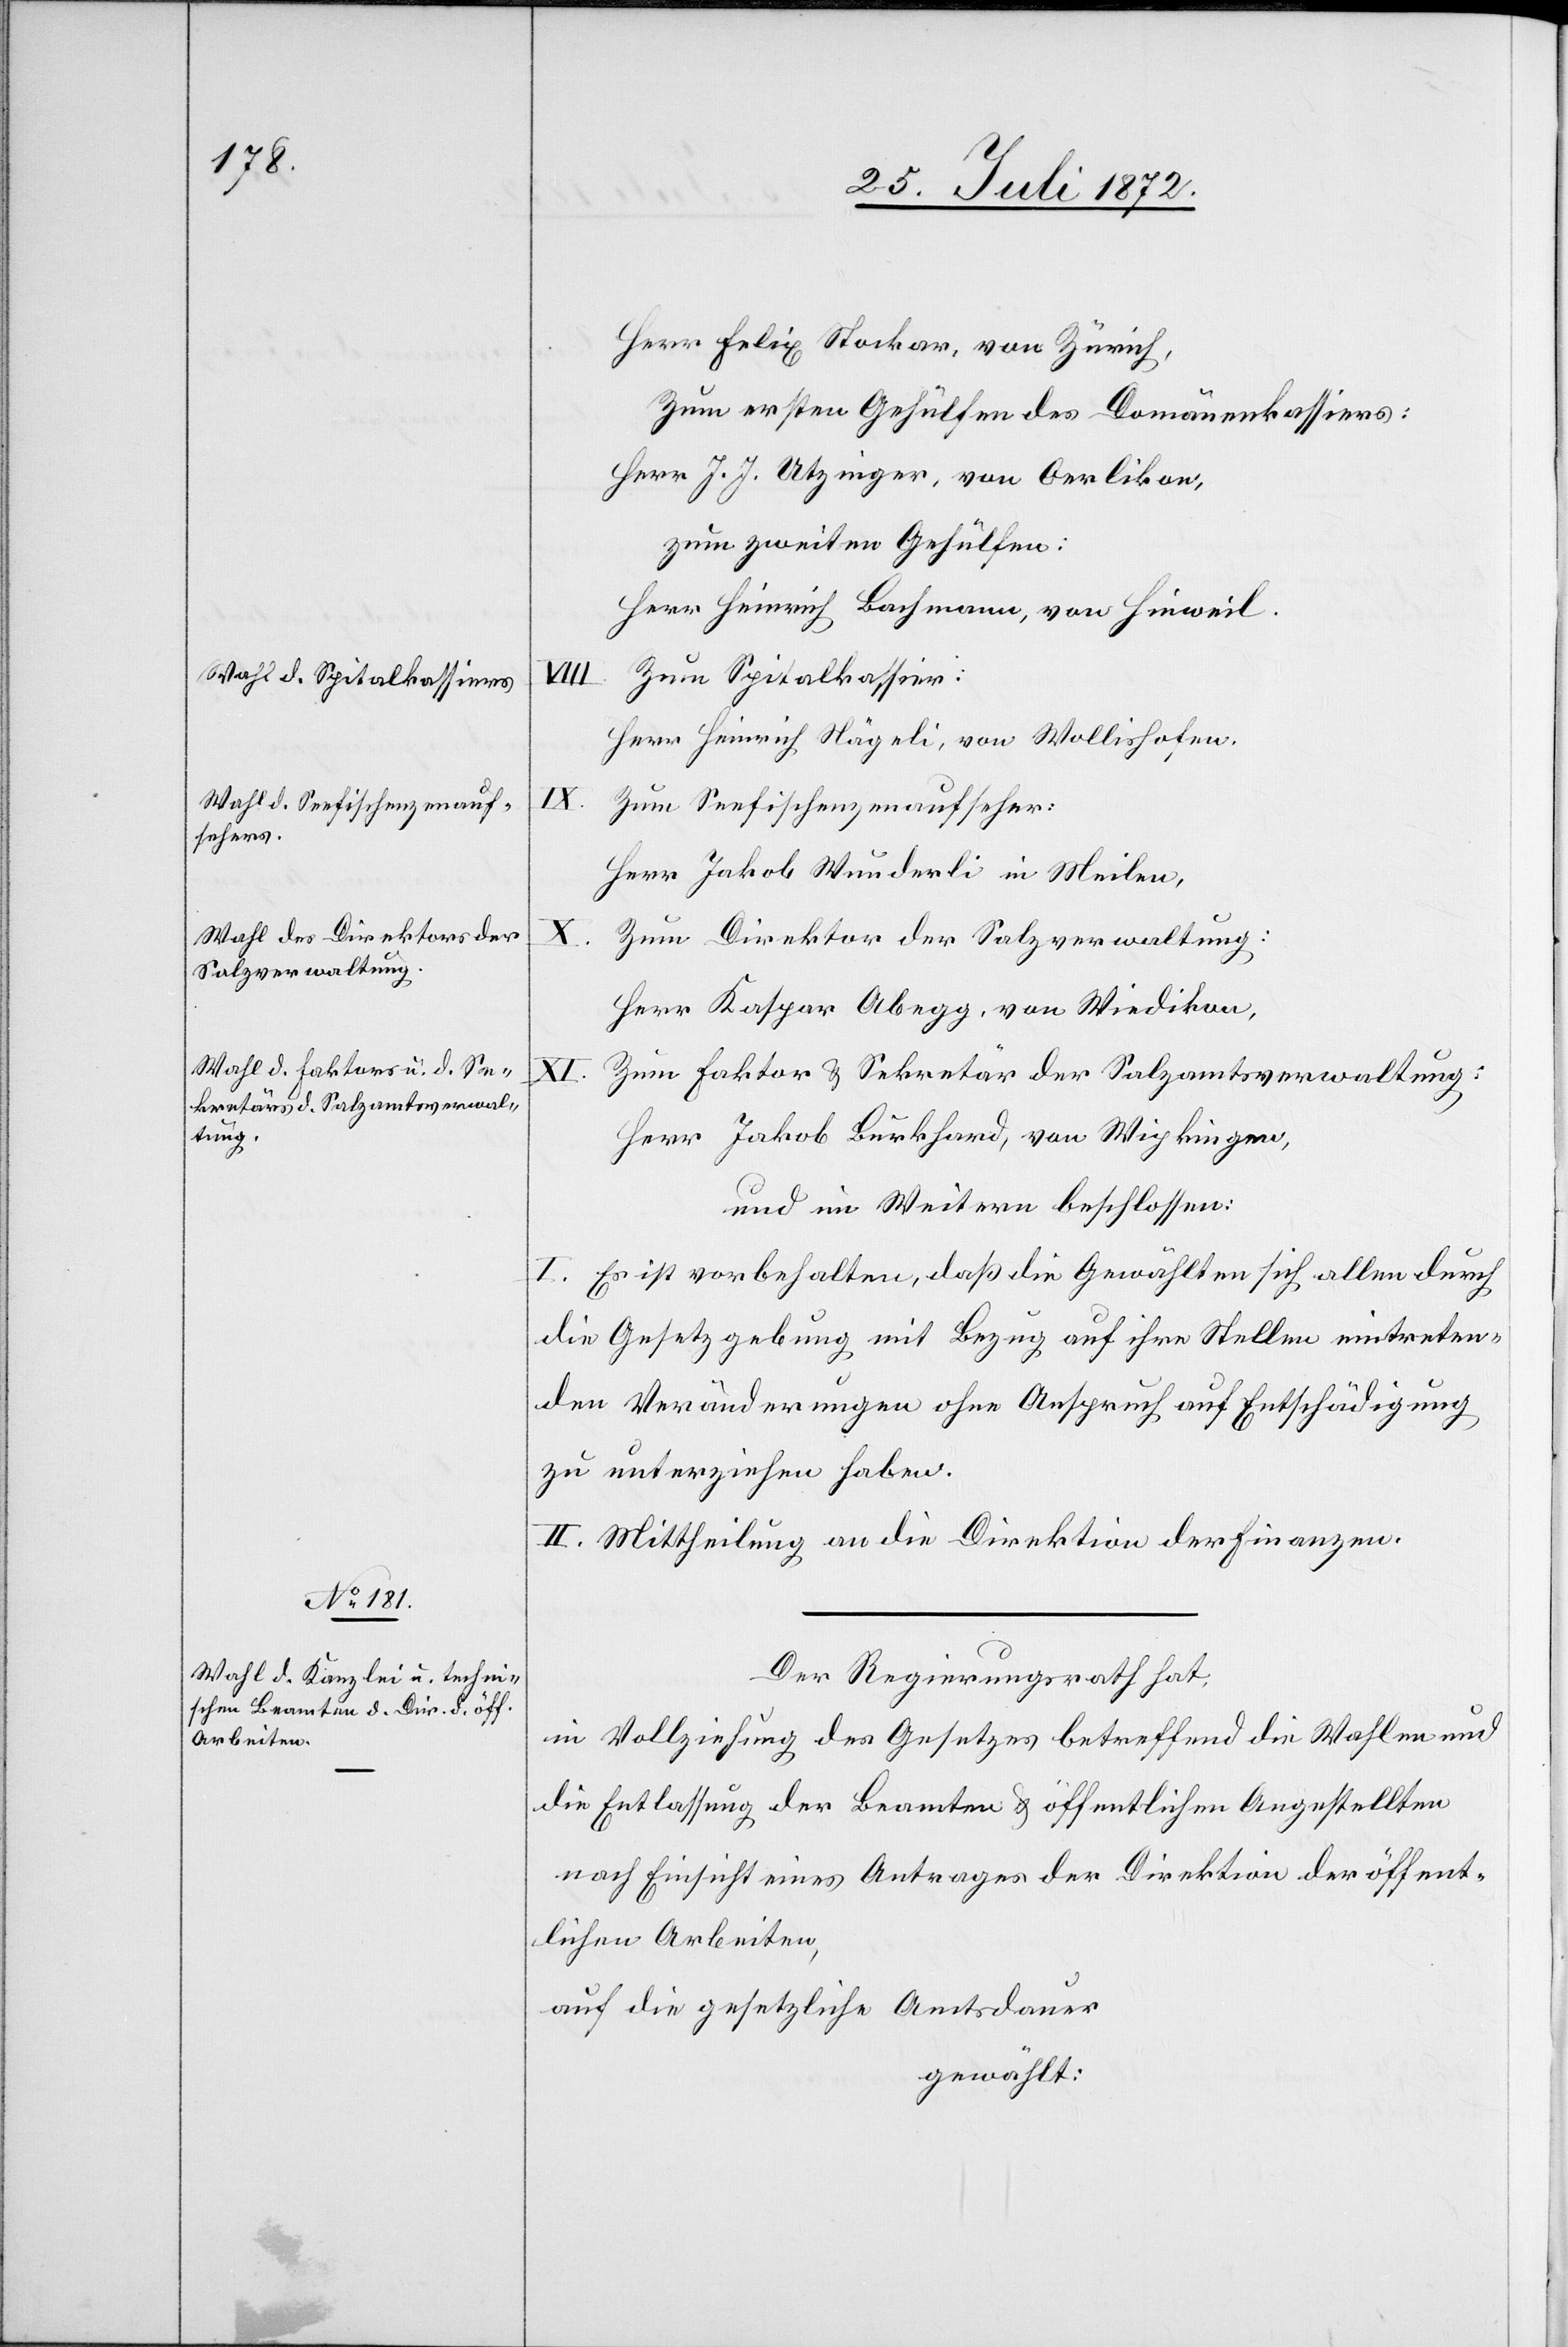
Herr Felix Stockar, von Zürich,
Zum ersten Gehülfen des Domänenkassiers:
Herr J. J. Utzinger, von Oerlikon,
zum zweiten Gehülfen:
Herr Heinrich Bachmann, von Hinweil.
Zum Spitalkassier:
Herr Heinrich Nägeli, von Wollishofen.
Zum Seefischenzenaufseher:
Herr Jakob Wunderli in Meilen,
Zum Direktor der Salzverwaltung:
Herr Kaspar Abegg, von Wiedikon,
XI.
Zum Faktor u. Sekretär der Salzamtsverwaltung:
Herr Jakob Burkhard, von Wipkingen,
und im Weitern beschlossen:
I. Es ist vorbehalten, daß die Gewählten sich allen durch
die Gesetzgebung mit Bezug auf ihre Stellen eintreten¬
den Veränderungen ohne Anspruch auf Entschädigung
zu unterziehen haben.
II. Mittheilung an die Direktion der Finanzen.
Der Regierungsrath hat,
in Vollziehung des Gesetzes betreffend die Wahlen und
die Entlassung der Beamten u. öffentlichen Angestellten
nach Einsicht eines Antrages der Direktion der öffent¬
lichen Arbeiten,
auf die gesetzliche Amtsdauer
gewählt: